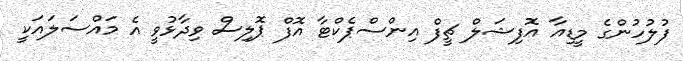
ފުލުހުންގެ މީޑިއާ އޮފިޝަލް ޗީފް އިންސްޕެކްޓާ އޮފް ޕޮލިސް ވިދާޅުވީ އެ މައްސަލައަކީ